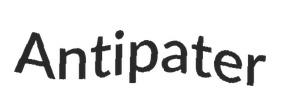
Antipater